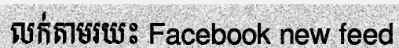
លក់តាមរយះ Facebook new feed